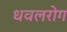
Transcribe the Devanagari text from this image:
धवलरोग